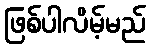
ဖြစ်ပါလိမ့်မည်